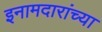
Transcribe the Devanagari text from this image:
इनामदारांच्या